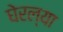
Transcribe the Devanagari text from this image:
घेरल्या